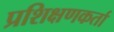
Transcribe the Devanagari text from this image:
प्रशिक्षणकर्ता